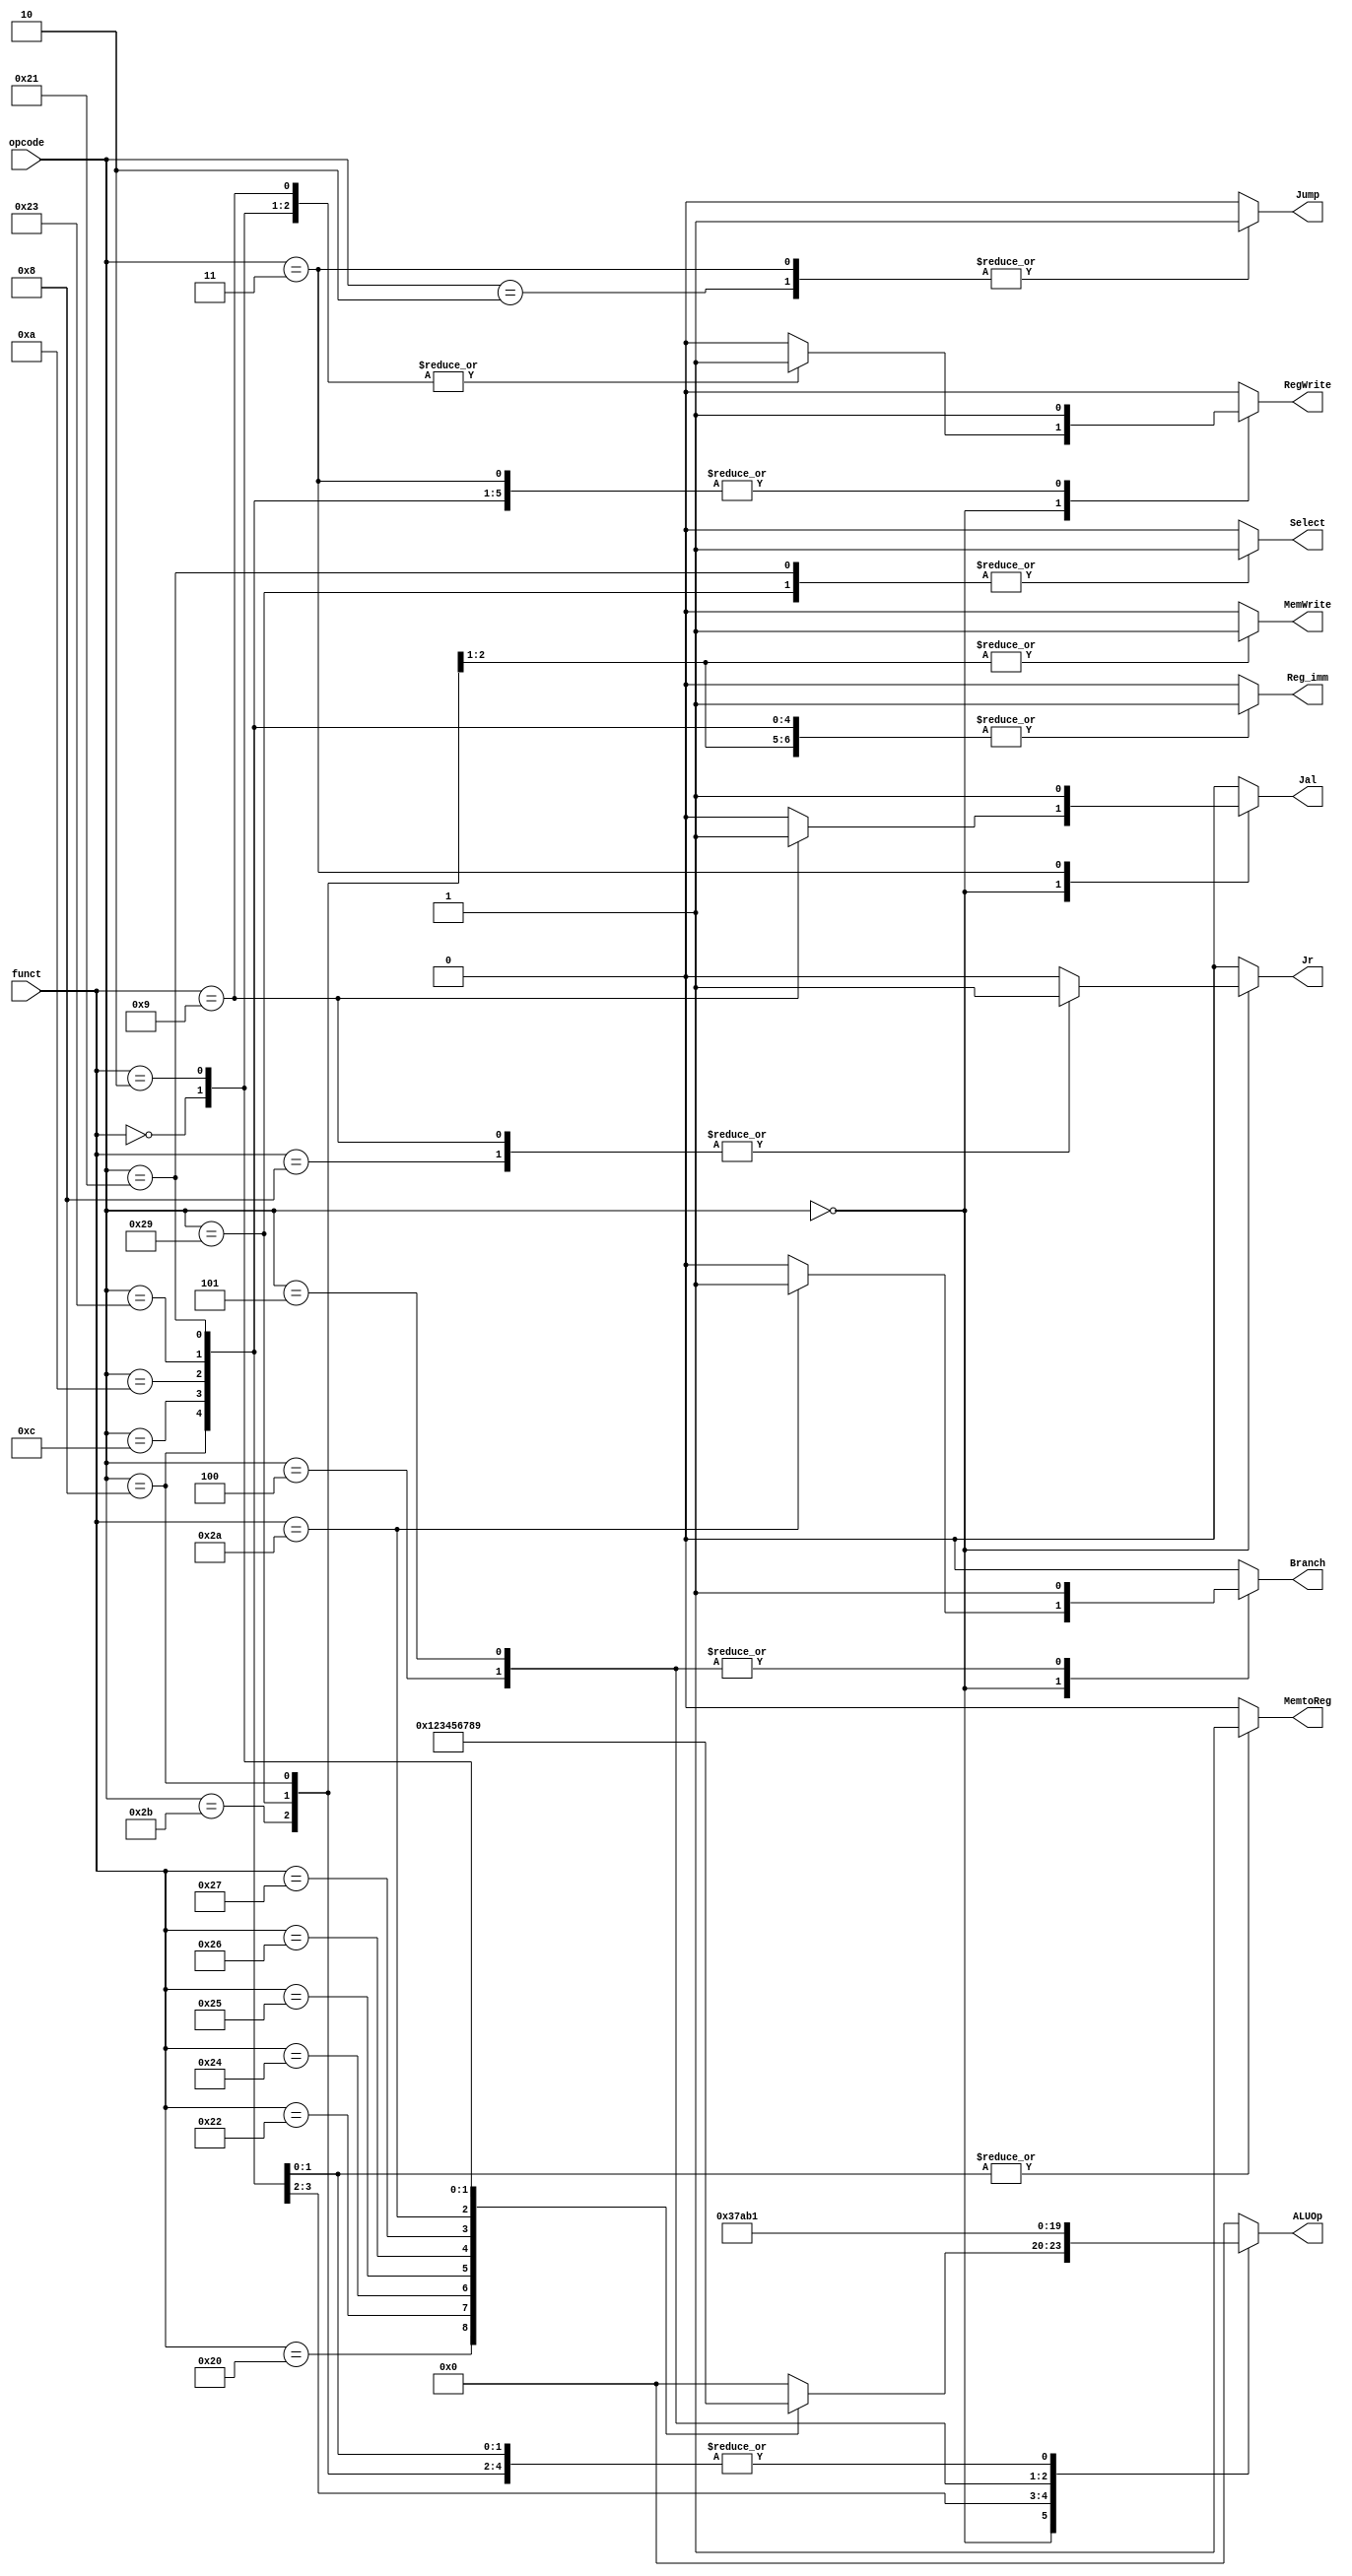
// Controller

module Controller ( opcode,
					funct,
					Reg_imm,
					Jump,
					Branch,
					Jal,
					Jr,
					MemtoReg,
					ALUOp,
					RegWrite,
					MemWrite,
					Select
					);

	input  [5:0] opcode;
    input  [5:0] funct;

	output Reg_imm;
	output Jump;
	output Branch;
	output Jal;
	output Jr;
	output MemtoReg;
	output [3:0] ALUOp;
	output RegWrite;
	output MemWrite;
	output Select;
	
	reg Reg_imm;
	reg Jump;
	reg Branch;
	reg Jal;
	reg Jr;
	reg MemtoReg;
	reg [3:0] ALUOp;
	reg RegWrite;
	reg MemWrite;
	reg Select;
	
	// Reg_imm;
	parameter Reg_data = 0,
			  imm_data = 1;
	
	// ALU
	parameter op_nop = 0,
	          op_add = 1,
	          op_sub = 2,
	          op_and = 3,
	          op_or  = 4,
	          op_xor = 5,
	          op_nor = 6,
	          op_slt = 7,
	          op_sll = 8,
	          op_srl = 9,
	          op_beq = 10,
	          op_bne = 11;
			  
	// controller
	always@ (*) begin
		Reg_imm	 = Reg_data;
		Jump	 = 0;
		Branch	 = 0;
		Jal		 = 0;
		Jr		 = 0;
		MemtoReg = 0;
		ALUOp	 = 0;
		RegWrite = 0;
		MemWrite = 0;	
		Select = 0;
		case (opcode)
		6'b00_0000 : begin // R type
			case (funct)
			6'b10_0000 : begin 
				ALUOp	 = 1 ;
				RegWrite =1 ;
			end
			6'b10_0010 : begin 
				ALUOp	 = 2;
				RegWrite = 1;
			end
			6'b10_0100 : begin 
				ALUOp	 = 3;
			  RegWrite =1;
			end
			6'b10_0101 : begin 
				ALUOp	 =4;
			 RegWrite = 1;
			end
			6'b10_0110 : begin 
				ALUOp	 = 5;
				RegWrite = 1;
			end
			6'b10_0111 : begin 
				ALUOp	 = 6;
			  RegWrite = 1;
			end
			6'b10_1010 : begin 
				Branch	 = 1;
				ALUOp	 = 7;
				RegWrite = 1;
			end
			6'b00_0000 : begin 
				ALUOp	 = 8;
				RegWrite = 1;
			end
			6'b00_0010 : begin 
				ALUOp	 = 9;
			  RegWrite = 1;
			end
			6'b00_1000 : begin 
				Jr		 = 1;
			end
			6'b00_1001 : begin
				Jr = 1;
				Jal = 1;
				RegWrite = 1;
			end			
			endcase // funct
		end
		// I type
		6'b00_1000 : begin // addi
			Reg_imm	 = imm_data;
			  ALUOp	 = 1;
			  RegWrite = 1;
		end
		6'b00_1100 : begin // andi
			Reg_imm	 = imm_data;
		    ALUOp	 = 3;
		    RegWrite = 1;
		end
		6'b00_1010 : begin // slti
			Reg_imm	 = imm_data;
		    ALUOp	 = 7;
		    RegWrite = 1;
		end
		6'b00_0100 : begin // beq
			  Branch = 1;
			  ALUOp	 = 10;
		end
		6'b00_0101 : begin // bne
			  Branch = 1;
        ALUOp	 = 11;
		end
		6'b10_0011 : begin // lw
			Reg_imm	 = imm_data;
			MemtoReg = 1;
			  ALUOp	 = 1;
		    RegWrite = 1;
		end
		6'b10_1011 : begin // sw
			Reg_imm	 = imm_data;
		    ALUOp	 = 1;
			MemWrite = 1;
		end
		6'b10_0001 : begin	//lh
			Reg_imm	= imm_data;
			MemtoReg = 1;
			ALUOp = op_add;
			RegWrite = 1;
			Select = 1;
		end
		6'b10_1001 :begin	// sh
			Reg_imm	= imm_data;
			ALUOp = op_add;
			MemWrite = 1;
			Select = 1;
		end
		// J Type
		6'b00_0010 : begin
           Jump = 1; 
	    end	
		6'b00_0011 : begin 
			 Jump = 1; 
			 Jal		 = 1;
			RegWrite = 1;		
		end
		endcase // opcode
	end
	
endmodule